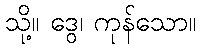
သို့။ ဒွေ၊ ကုန်သော။